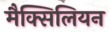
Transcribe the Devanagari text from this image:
मैक्सिलियन